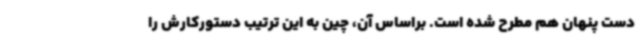
دست پنهان هم مطرح شده است. براساس آن، چین به این ترتیب دستورکارش را